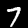
Digit: 7